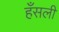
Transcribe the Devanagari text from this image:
हँसली